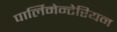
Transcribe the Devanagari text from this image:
पार्लिमेन्टेरियन